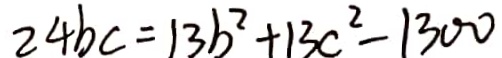
2 4 b c = 1 3 b ^ { 2 } + 1 3 c ^ { 2 } - 1 3 0 0